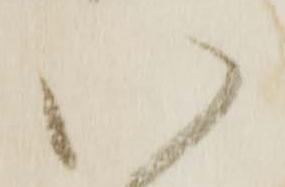
い